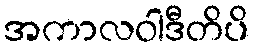
အကာလဝါဒီတိပိ